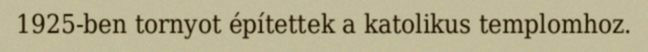
1925-ben tornyot építettek a katolikus templomhoz.